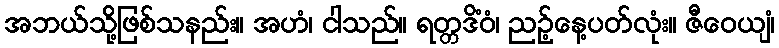
အဘယ်သို့ဖြစ်သနည်း။ အဟံ၊ ငါသည်။ ရတ္တဒိံဝံ၊ ညဉ့်နေ့ပတ်လုံး။ ဇီဝေယျံ၊